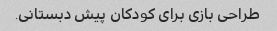
طراحی بازی برای کودکان پیش دبستانی.